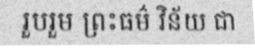
រួបរួម ព្រះធម៌ វិន័យ ជា